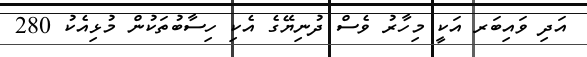
އަދި ވައިބަރ އަކީ މިހާރު ވެސް ދުނިޔޭގެ އެކި ހިސާބުތަކުން މުޅިއެކު 280